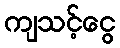
ကျသင့်ငွေ